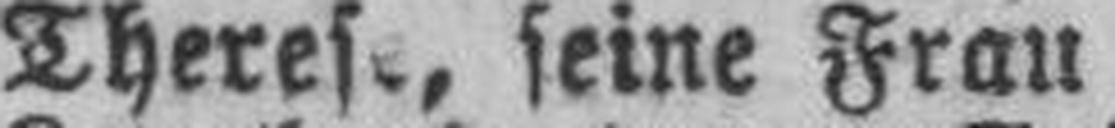
Therese, seine Frau